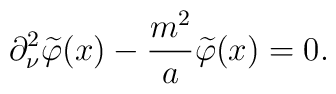
\partial _\nu ^2 \widetilde{\varphi}(x) -\frac{m^2}{a}\widetilde{\varphi} (x)=0.